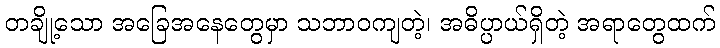
တချို့သော အခြေအနေတွေမှာ သဘာဝကျတဲ့၊ အဓိပ္ပာယ်ရှိတဲ့ အရာတွေထက်